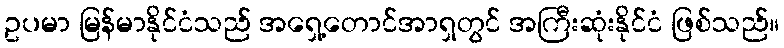
ဥပမာ မြန်မာနိုင်ငံသည် အရှေ့တောင်အာရှတွင် အကြီးဆုံးနိုင်ငံ ဖြစ်သည်။